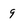
Character: 9